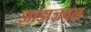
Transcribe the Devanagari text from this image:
झाडाजवळ